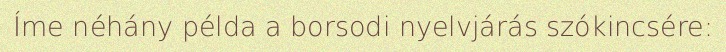
Íme néhány példa a borsodi nyelvjárás szókincsére: